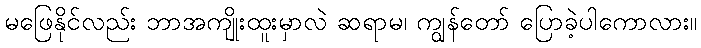
မဖြေနိုင်လည်း ဘာအကျိုးထူးမှာလဲ ဆရာမ၊ ကျွန်တော် ပြောခဲ့ပါကောလား။